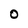
Character: O